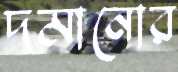
দমানোর